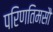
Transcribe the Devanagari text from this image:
परिणतिमसौ